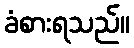
ခံစားရသည်။